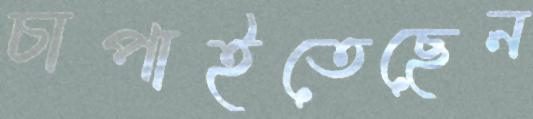
চাপাইতেছেন